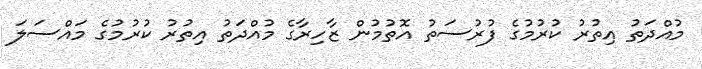
މުއްދަތު އިތުރު ކުރުމުގެ ފުރުސަތު އޮތުމުން ޒާހިރާގެ މުއްދަތު އިތުރު ކުރުމުގެ މައްސަލަ